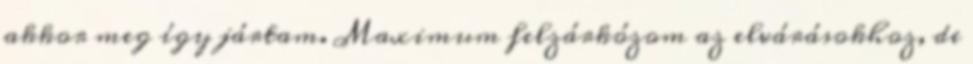
akkor meg így jártam. Maximum felzárkózom az elvárásokhoz, de